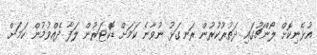
އުޅެނިކޮށް ލޯންޗުގައި ދަތުރުކުރުން ރަނގަޅު ނުވާނެ ކަމަށް ޑޮކްޓަރުން ލަފާ ދެއްވުމުން ކަމަށް